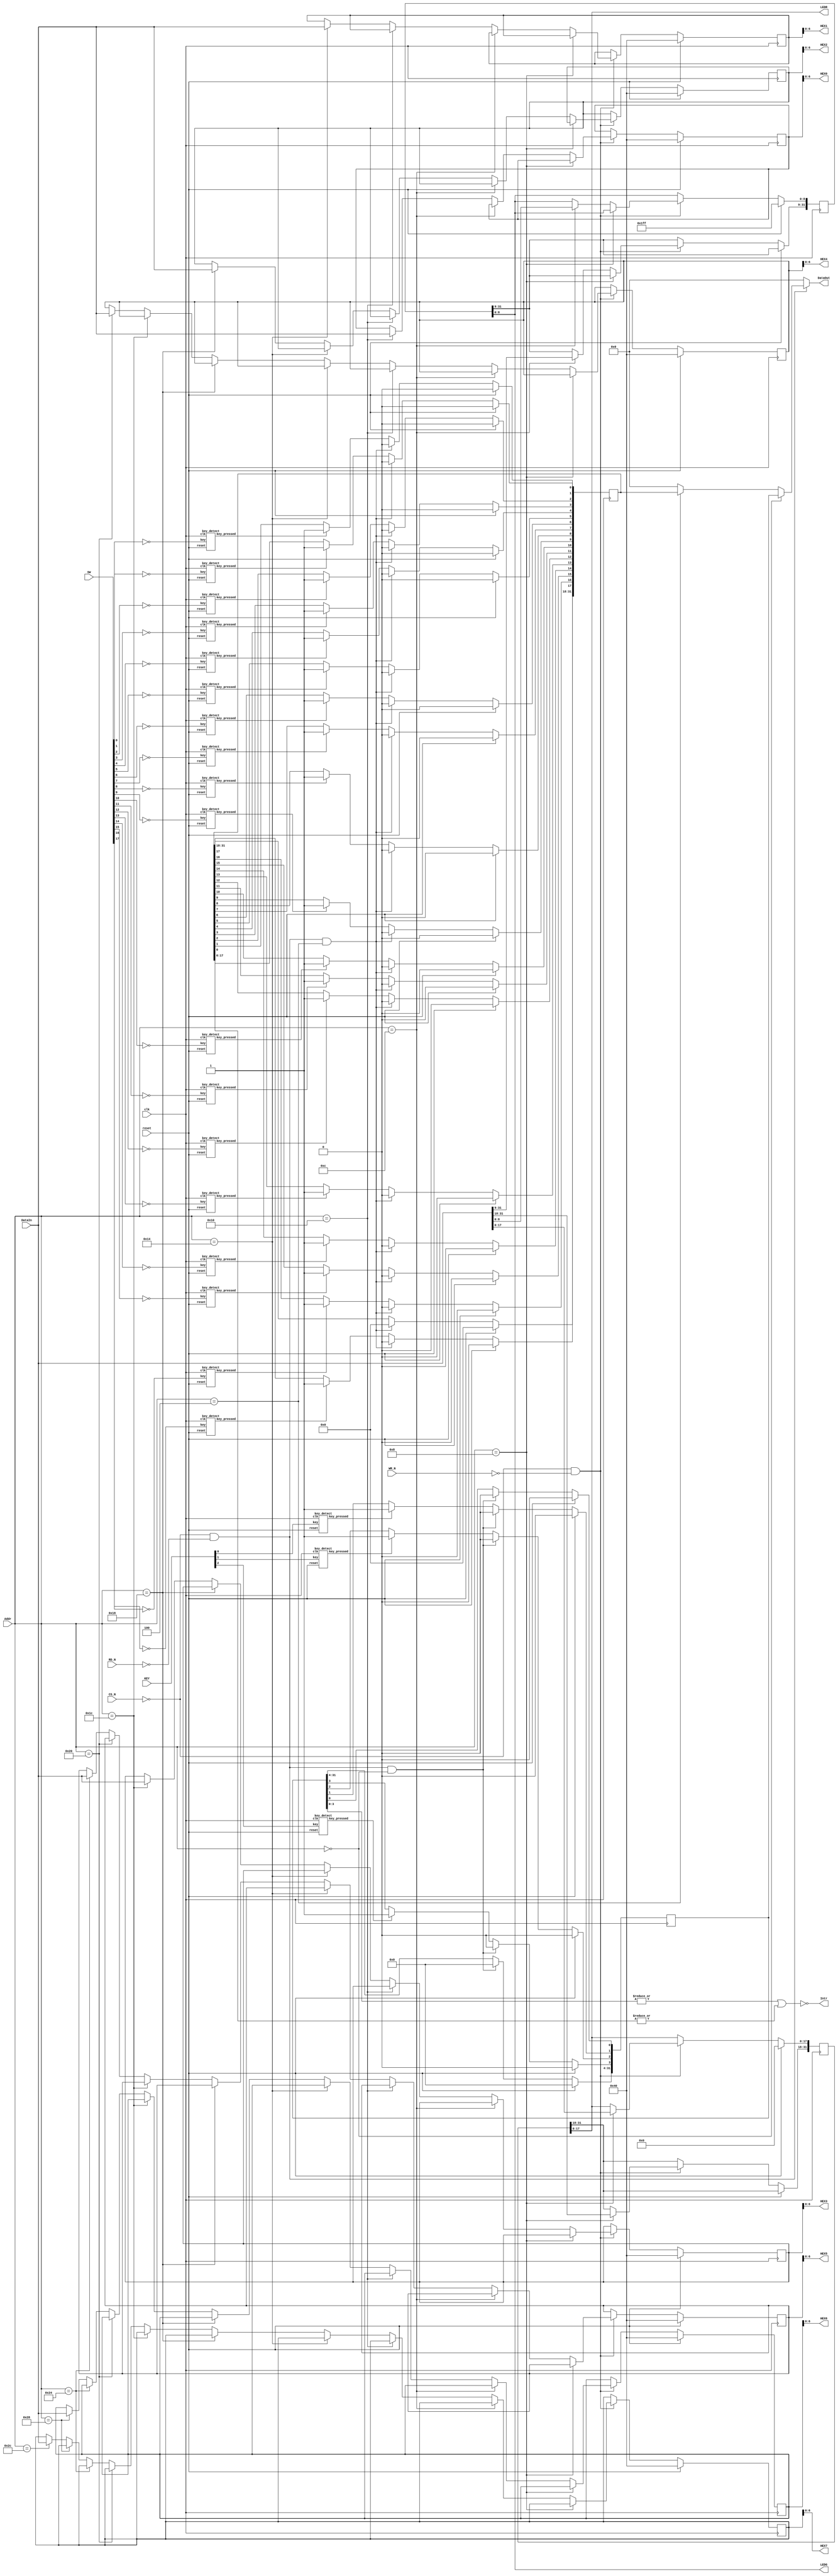

//
//
//  HEX:  To turn off, write "1"
//        To turn on, write "0" 
//
//  LEDR, LEDG : To turn off, write "0"
//				 To turn on,  write "1"
//
//         _0_
//       5|_6_|1
//       4|___|2
//          3
//
//  KEY:  Push --> "0" 
//        Release --> "1"
//
//  SW:   Down (towards the edge of the board)  --> "0"
//        Up --> "1"
//
module GPIO(
  input clk,
  input reset,
  input CS_N,
  input RD_N,
  input WR_N,
  input [11:0] Addr,
  input [31:0] DataIn,
  input [3:1] KEY,
  input [17:0] SW,
  
  output reg [31:0] DataOut,
  output Intr,
  output [6:0] HEX7,
  output [6:0] HEX6,
  output [6:0] HEX5,
  output [6:0] HEX4,
  output [6:0] HEX3,
  output [6:0] HEX2,
  output [6:0] HEX1,
  output [6:0] HEX0,
  output [17:0] LEDR,
  output [8:0] LEDG
  );

  reg [31:0] SW_StatusR;
  reg [31:0] KEY_StatusR;
  reg [31:0] LEDG_R;
  reg [31:0] LEDR_R;
  reg [31:0] HEX0_R;
  reg [31:0] HEX1_R;
  reg [31:0] HEX2_R;
  reg [31:0] HEX3_R;
  reg [31:0] HEX4_R;
  reg [31:0] HEX5_R;
  reg [31:0] HEX6_R;
  reg [31:0] HEX7_R;
  
  wire key1_pressed;
  wire key2_pressed;
  wire key3_pressed;

  wire sw0_pressed;
  wire sw1_pressed;
  wire sw2_pressed;
  wire sw3_pressed;
  wire sw4_pressed;
  wire sw5_pressed;
  wire sw6_pressed;
  wire sw7_pressed;
  wire sw8_pressed;
  wire sw9_pressed;
  wire sw10_pressed;
  wire sw11_pressed;
  wire sw12_pressed;
  wire sw13_pressed;
  wire sw14_pressed;
  wire sw15_pressed;
  wire sw16_pressed;
  wire sw17_pressed;
  
//  Register  
//  ========================================================
//  FFFF_202C   HEX7_R
//  FFFF_2028   HEX6_R
//  FFFF_2024   HEX5_R
//  FFFF_2020   HEX4_R
//  FFFF_201C   HEX3_R
//  FFFF_2018   HEX2_R
//  FFFF_2014   HEX1_R
//  FFFF_2010   HEX0_R
//  FFFF_200C   LEDG_R
//  FFFF_2008   LEDR_R
//  FFFF_2004   SW_StatusR
//  FFFF_2000   KEY_StatusR
//  --------------------------------------------------------
//  LEDG register (32bit) 
//  ZZZZ_ZZZ|LEDG8|_|LEDG7|LEDG6|LEDG5|LEDG4|_
//          |LEDG3|LEDG2|LEDG1|LEDG0|
//  --------------------------------------------------------
//  LEDR register(32 bit)
//  ZZZZ_ZZZZ_ZZZZ_ZZ|SLEDR17|LEDR16|_
//          |LEDR15|LEDR14|LEDR13|LEDR12|_
//          |LEDR11|LEDR10|LEDR9|LEDR8|_
//          |LEDR7|LEDR6|LEDR5|LEDR4|_
//          |LEDR3|LEDR2|LEDR1|LEDR0| 
//  --------------------------------------------------------
//  SW Status register(32 bit)
//  ZZZZ_ZZZZ_ZZZZ_ZZ|SW17|SW16|_
//          |SW15|SW14|SW13|SW12|_|SW11|SW10|SW9|SW8|_
//          |SW7|SW6|SW5|SW4|_|SW3|SW2|SW1|SW0|
//  --------------------------------------------------------
//  KEY Status register(32 bit)
//  ZZZZ_ZZZZ_ZZZZ_ZZZZ_ZZZZ_ZZZZ_ZZZZ_|key3|key2|key1|key0|
//  ========================================================

   key_detect  key1 (clk, reset, KEY[1], key1_pressed);
   key_detect  key2 (clk, reset, KEY[2], key2_pressed);
   key_detect  key3 (clk, reset, KEY[3], key3_pressed);
   
   key_detect  sw0  (clk, reset, ~SW[0],  sw0_pressed);
   key_detect  sw1  (clk, reset, ~SW[1],  sw1_pressed);
   key_detect  sw2  (clk, reset, ~SW[2],  sw2_pressed);
   key_detect  sw3  (clk, reset, ~SW[3],  sw3_pressed);
   key_detect  sw4  (clk, reset, ~SW[4],  sw4_pressed);
   key_detect  sw5  (clk, reset, ~SW[5],  sw5_pressed);
   key_detect  sw6  (clk, reset, ~SW[6],  sw6_pressed);
   key_detect  sw7  (clk, reset, ~SW[7],  sw7_pressed);
   key_detect  sw8  (clk, reset, ~SW[8],  sw8_pressed);
   key_detect  sw9  (clk, reset, ~SW[9],  sw9_pressed);
   key_detect  sw10 (clk, reset, ~SW[10], sw10_pressed);
   key_detect  sw11 (clk, reset, ~SW[11], sw11_pressed);
   key_detect  sw12 (clk, reset, ~SW[12], sw12_pressed);
   key_detect  sw13 (clk, reset, ~SW[13], sw13_pressed);
   key_detect  sw14 (clk, reset, ~SW[14], sw14_pressed);
   key_detect  sw15 (clk, reset, ~SW[15], sw15_pressed);
   key_detect  sw16 (clk, reset, ~SW[16], sw16_pressed);
   key_detect  sw17 (clk, reset, ~SW[17], sw17_pressed);
   
  //KEY Status Register Write
  always @(posedge clk)
  begin
    if(reset)    KEY_StatusR  <= 0;
    else
    begin
      //KEY             
      if (~CS_N && ~RD_N && Addr[11:0] == 12'h000)
          KEY_StatusR  <= 0;
      else
      begin
         if(key1_pressed)   KEY_StatusR[1] <= 1'b1;
         if(key2_pressed)   KEY_StatusR[2] <= 1'b1;
         if(key3_pressed)   KEY_StatusR[3] <= 1'b1;
      end
    end
  end



  //SW Status Register Write
  always @(posedge clk)
  begin
    if(reset)   SW_StatusR   <= 0;
    else
    begin
      if (~CS_N && ~RD_N && Addr[11:0] == 12'h004)
          SW_StatusR  <= 0;
      else
      begin
           //SW
           if(sw0_pressed)         SW_StatusR[0] <= 1'b1;
           if(sw1_pressed)         SW_StatusR[1] <= 1'b1;
           if(sw2_pressed)         SW_StatusR[2] <= 1'b1;
           if(sw3_pressed)         SW_StatusR[3] <= 1'b1;
           if(sw4_pressed)         SW_StatusR[4] <= 1'b1;
           if(sw5_pressed)         SW_StatusR[5] <= 1'b1;
           if(sw6_pressed)         SW_StatusR[6] <= 1'b1;
           if(sw7_pressed)         SW_StatusR[7] <= 1'b1;
           if(sw8_pressed)         SW_StatusR[8] <= 1'b1;
           if(sw9_pressed)         SW_StatusR[9] <= 1'b1;
           if(sw10_pressed)        SW_StatusR[10] <= 1'b1;
           if(sw11_pressed)        SW_StatusR[11] <= 1'b1;
           if(sw12_pressed)        SW_StatusR[12] <= 1'b1;
           if(sw13_pressed)        SW_StatusR[13] <= 1'b1;
           if(sw14_pressed)        SW_StatusR[14] <= 1'b1;
           if(sw15_pressed)        SW_StatusR[15] <= 1'b1;
           if(sw16_pressed)        SW_StatusR[16] <= 1'b1;
           if(sw17_pressed)        SW_StatusR[17] <= 1'b1;
      end
    end
  end
  
  
  
  // Register Read
  always @(*)
  begin
      if (~CS_N && ~RD_N) 
      begin
        if      (Addr[11:0] == 12'h000) DataOut <= KEY_StatusR;
        else if (Addr[11:0] == 12'h004) DataOut <= SW_StatusR;
        else                            DataOut <= 32'b0;
      end
      else                              DataOut <= 32'b0;
  end
  

  //write output Register
  always @(posedge clk)
  begin
    if(reset)
    begin                                        
        LEDR_R[17:0] <=18'b0;
        LEDG_R[8:0]  <=9'h1FF;
        HEX0_R <= 7'b1000000;
        HEX1_R <= 7'b1000000;
        HEX2_R <= 7'b1000000;
        HEX3_R <= 7'b1000000;
        HEX4_R <= 7'b1000000;
        HEX5_R <= 7'b1000000;
        HEX6_R <= 7'b1000000;
        HEX7_R <= 7'b1000000;
    end
  
    else if(~CS_N && ~WR_N) 
    begin                                        
	        if       (Addr[11:0] == 12'h008)  LEDR_R       <= DataIn;
           else if  (Addr[11:0] == 12'h00C)  LEDG_R       <= DataIn;
           else if  (Addr[11:0] == 12'h010)  HEX0_R       <= DataIn;
           else if  (Addr[11:0] == 12'h014)  HEX1_R       <= DataIn;
           else if  (Addr[11:0] == 12'h018)  HEX2_R       <= DataIn;
           else if  (Addr[11:0] == 12'h01C)  HEX3_R       <= DataIn;
           else if  (Addr[11:0] == 12'h020)  HEX4_R       <= DataIn;
           else if  (Addr[11:0] == 12'h024)  HEX5_R       <= DataIn;
           else if  (Addr[11:0] == 12'h028)  HEX6_R       <= DataIn;
           else if  (Addr[11:0] == 12'h02C)  HEX7_R       <= DataIn;
    end
  end         
   
	//output 
	assign LEDR[17:0] = LEDR_R[17:0];
	assign LEDG[8:0]  = LEDG_R[8:0];
	assign HEX0       = HEX0_R[6:0];
	assign HEX1       = HEX1_R[6:0];
	assign HEX2       = HEX2_R[6:0];
	assign HEX3       = HEX3_R[6:0];
	assign HEX4       = HEX4_R[6:0];
	assign HEX5       = HEX5_R[6:0];
	assign HEX6       = HEX6_R[6:0];
	assign HEX7       = HEX7_R[6:0];
   
  
	assign Intr = ~((|KEY_StatusR[3:0]) || (|SW_StatusR[17:0])); 

endmodule


module key_detect(input clk, input reset, input key, output key_pressed);

			reg [3:0] c_state;
			reg [3:0] n_state;

			parameter  S0  =  4'b0000;
			parameter  S1  =  4'b0001;
			parameter  S2  =  4'b0010;
			parameter  S3  =  4'b0011;
			parameter  S4  =  4'b0100;
			parameter  S5  =  4'b0101;
			parameter  S6  =  4'b0110;
			parameter  S7  =  4'b0111;
			parameter  S8  =  4'b1000;
			parameter  S9  =  4'b1001;
			parameter  S10 =  4'b1010;
			parameter  S11 =  4'b1011;
			parameter  S12 =  4'b1100;
			parameter  S13 =  4'b1101;
			parameter  S14 =  4'b1110;
			parameter  S15 =  4'b1111;

			always@ (posedge clk) // synchronous resettable flop-flops
			begin
				if(reset) c_state <= S0;
				else       c_state <= n_state;
			end
			
			always@(*) // Next state logic
			begin
			case(c_state)
			S0 :  if(~key) n_state <= S1;
					else     n_state <= S0;

			S1 :  if(~key) n_state <= S2;
					else     n_state <= S0;

			S2 :  if(~key) n_state <= S3;
					else     n_state <= S0;

			S3 :  if(~key) n_state <= S4;
					else     n_state <= S0;

			S4 :  if(~key) n_state <= S5;
					else     n_state <= S0;

			S5 :  if(~key) n_state <= S6;
					else     n_state <= S0;

			S6 :  if(~key) n_state <= S7;
					else     n_state <= S0;

			S7 :  if(~key) n_state <= S8;
					else     n_state <= S0;

			S8 :  if(~key) n_state <= S9;
					else     n_state <= S0;

			S9 :  if(~key) n_state <= S10;
					else     n_state <= S0;

			S10:  if(~key) n_state <= S11;
					else     n_state <= S0;

			S11:  if(~key) n_state <= S12;
					else     n_state <= S0;

			S12:  if(~key) n_state <= S13;
					else     n_state <= S0;

			S13:  if(~key) n_state <= S14;
					else     n_state <= S0;

			S14:  if(~key) n_state <= S15;
					else     n_state <= S0;

			S15:  if(key)  n_state <= S0;
					else     n_state <= S15;

			default:       n_state <= S0;
			endcase
         end

			assign  key_pressed =  (c_state == S14);

endmodule